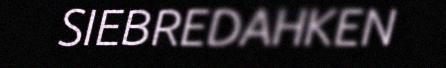
SIEBREDAHKEN